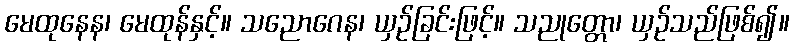
မေထုနေန၊ မေထုန်နှင့်။ သညောဂေန၊ ယှဉ်ခြင်းဖြင့်။ သညုတ္တော၊ ယှဉ်သည်ဖြစ်၍။